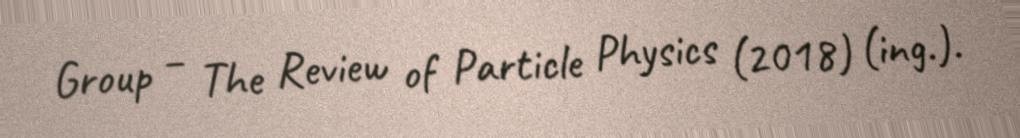
Group – The Review of Particle Physics (2018) (ing.).